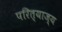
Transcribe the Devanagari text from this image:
परित्याज्य